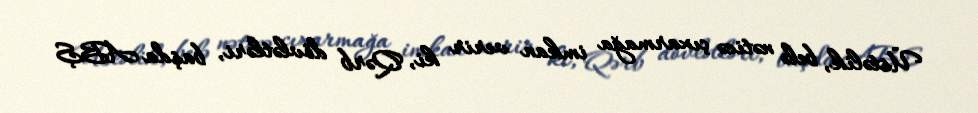
Üstəlik, belə nəticə çıxarmağa imkan verir ki, Qərb dövlətləri, başda ABŞ